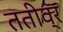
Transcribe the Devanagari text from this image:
ततीव्र